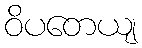
ဝိပတေယျ